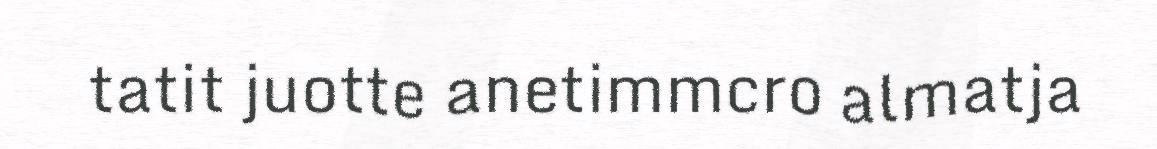
tatit juotte anetimmcro almatja